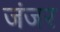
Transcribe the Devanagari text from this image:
जंजर